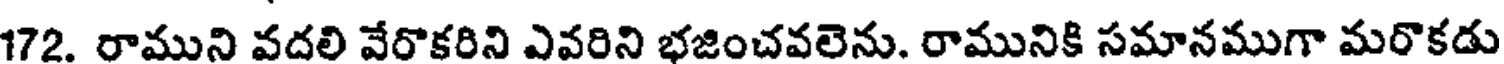
172. రాముని వదలి వేరొకరిని ఎవరిని భజించవలెను. రామునికి సమానముగా మరొకడు